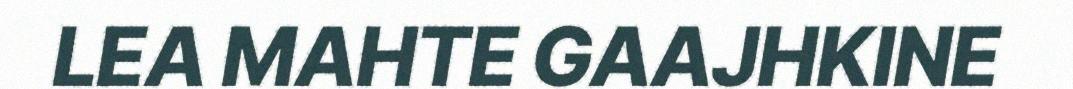
LEA MAHTE GAAJHKINE